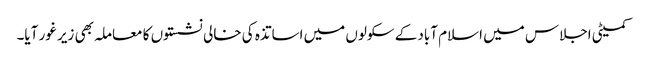
کمیٹی اجلاس میں اسلام آباد کے سکولوں میں اساتذہ کی خالی نشستوں کا معاملہ بھی زیر غور آیا۔